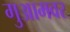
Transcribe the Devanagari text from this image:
गुआमवर